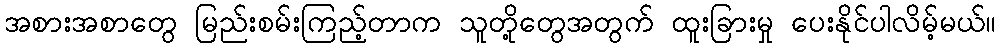
အစားအစာတွေ မြည်းစမ်းကြည့်တာက သူတို့တွေအတွက် ထူးခြားမှု ပေးနိုင်ပါလိမ့်မယ်။